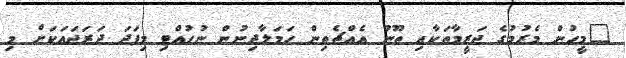
"މީހުން މެރުމުގެ ޖަރީމާތަކާއި ތޫނު އެއްޗެތިން ހަމަލާދިނުން ނުހުއްޓި މިފަދަ ދަރަޖައަކަށް މި